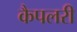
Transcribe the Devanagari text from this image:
कैपलरी